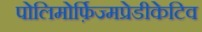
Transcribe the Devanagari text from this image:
पोलिमोर्फ़िज्मप्रेडीकेटिव